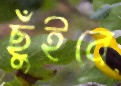
ছুঁইবে